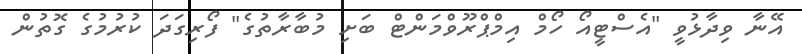
އޭނާ ވިދާޅުވީ "އެސްޓީއޯ ހޯމް އިމްޕްރޫވްމަންޓް ބަށި މުބާރާތުގެ" ފޯރިގަދަ ކުރުމުގެ ގޮތުން